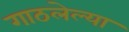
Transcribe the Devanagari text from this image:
गाठलेल्या